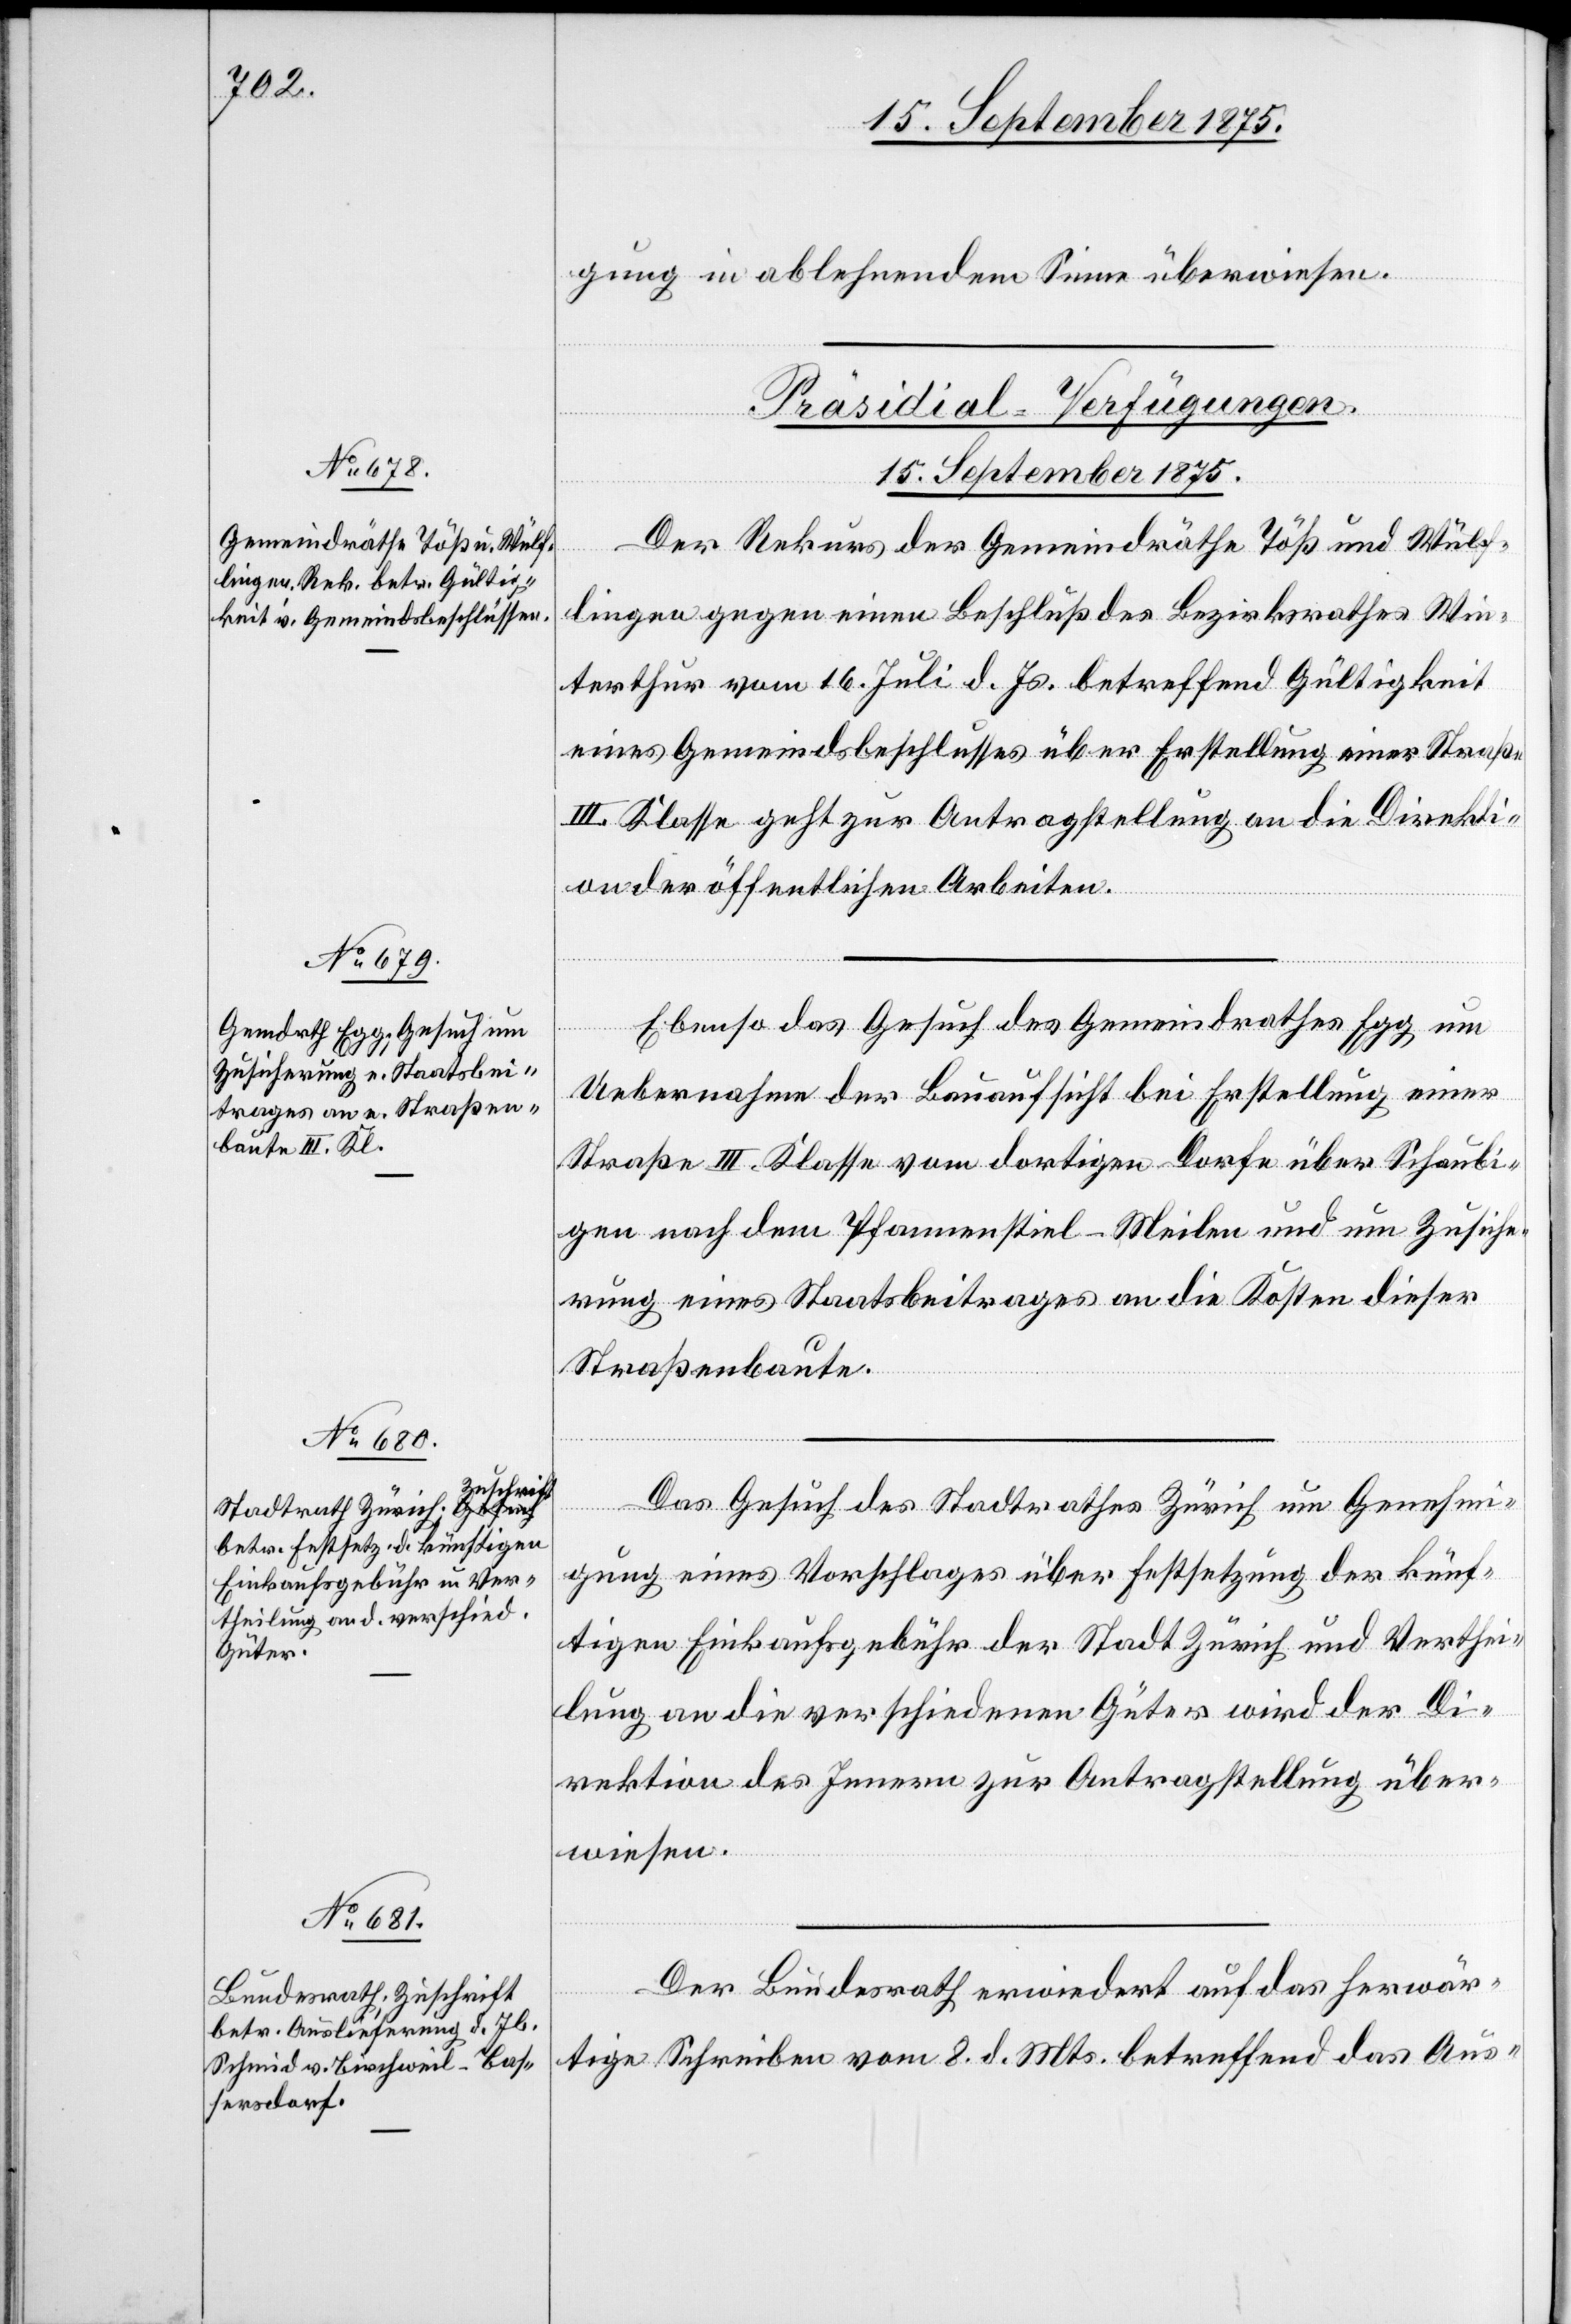
gung in ablehnendem Sinne überwiesen.
[Präsidial-Verfügungen.
15. September 1875.]
Der Rekurs der Gemeindräthe Töß und Wül¬
flingen gegen einen Beschluß des Bezirksrathes Win¬
terthur vom 16. Juli d. Js. betreffend Gültigkeit
eines Gemeindsbeschlusses über Erstellung einer Straße
III. Klasse geht zur Antragstellung an die Direkti¬
on der öffentlichen Arbeiten.
Ebenso das Gesuch des Gemeindrathes Egg um
Uebernahme der Bauaufsicht bei Erstellung einer
Straße III. Klasse vom dortigen Dorfe über Schaubi¬
gen nach dem Pfannenstiel - Meilen und um Zusiche¬
rung eines Staatsbeitrages an die Kosten dieser
Straßenbaute.
Das Gesuch des Stadtrathes Zürich um Genehmi¬
gung eines Vorschlages über Festsetzung der künf¬
tigen Einkaufsgebühr der Stadt Zürich und Verthei¬
lung an die verschiedenen Güter wird der Di¬
rektion des Innern zur Antragstellung über¬
wiesen.
Der Bundesrath erwiedert auf das herwär¬
tige Schreiben vom 8. d. Mts. betreffend das Aus-